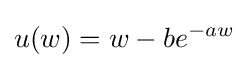
u(w)=w-be^{-aw}